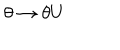
LaTeX: \theta \rightarrow \theta U